Indian journal of veterinary science and animal husbandry - Volume 5,
Year: 1935
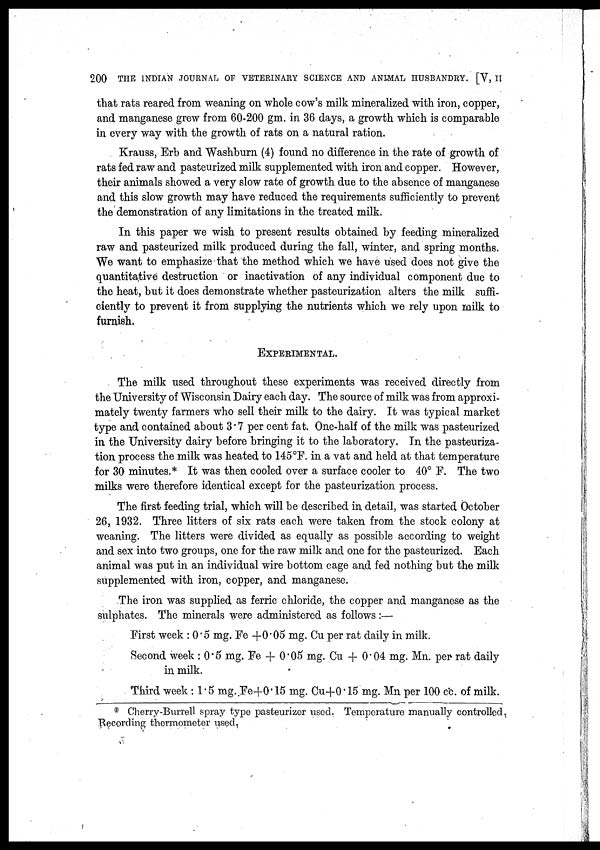
200 THE INDIAN JOURNAL OF VETERINARY SCIENCE AND ANIMAL HUSBANDRY. [V, II
that rats reared from weaning on whole cow's milk mineralized with iron, copper,
and manganese grew from 60-200 gm. in 36 days, a growth which is comparable
in every way with the growth of rats on a natural ration.
Krauss, Erb and Washburn (4) found no difference in the rate of growth of
rats fed raw and pasteurized milk supplemented with iron and copper. However,
their animals showed a very slow rate of growth due to the absence of manganese
and this slow growth may have reduced the requirements sufficiently to prevent
the demonstration of any limitations in the treated milk.
In this paper we wish to present results obtained by feeding mineralized
raw and pasteurized milk produced during the fall, winter, and spring months.
We want to emphasize that the method which we have used does not give the
quantitative destruction or inactivation of any individual component due to
the heat, but it does demonstrate whether pasteurization alters the milk suffi-
ciently to prevent it from supplying the nutrients which we rely upon milk to
furnish.
EXPERIMENTAL.
The milk used throughout these experiments was received directly from
the University of Wisconsin Dairy each day. The source of milk was from approxi-
mately twenty farmers who sell their milk to the dairy. It was typical market
type and contained about 3.7 per cent fat. One-half of the milk was pasteurized
in the University dairy before bringing it to the laboratory. In the pasteuriza-
tion process the milk was heated to 145°F. in a vat and held at that temperature
for 30 minutes.* It was then cooled over a surface cooler to 40° F. The two
milks were therefore identical except for the pasteurization process.
The first feeding trial, which will be described in detail, was started October
26, 1932. Three litters of six rats each were taken from the stock colony at
weaning. The litters were divided as equally as possible according to weight
and sex into two groups, one for the raw milk and one for the pasteurized. Each
animal was put in an individual wire bottom cage and fed nothing but the milk
supplemented with iron, copper, and manganese.
The iron was supplied as ferric chloride, the copper and manganese as the
sulphates. The minerals were administered as follows:—
First week : 0.5 mg. Fe+0.05 mg. Cu per rat daily in milk.
Second week : 0.5 mg. Fe + 0.05 mg. Cu + 0.04 mg. Mn. per rat daily
in milk.
Third week : 1.5 mg. Fe+0.15 mg. Cu+0.15 mg. Mn per 100 cc. of milk.
* Cherry-Burrell spray type pasteurizer used. Temperature manually controlled.
"Recording thermometer used,